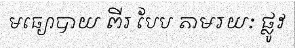
មធ្យោបាយ ពីរ បែប តាមរយៈ ផ្លូវ